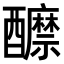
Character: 𨣽